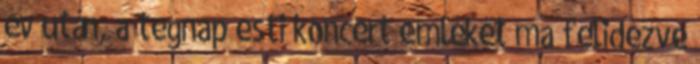
év után, a tegnap esti koncert emlékét ma felidézve